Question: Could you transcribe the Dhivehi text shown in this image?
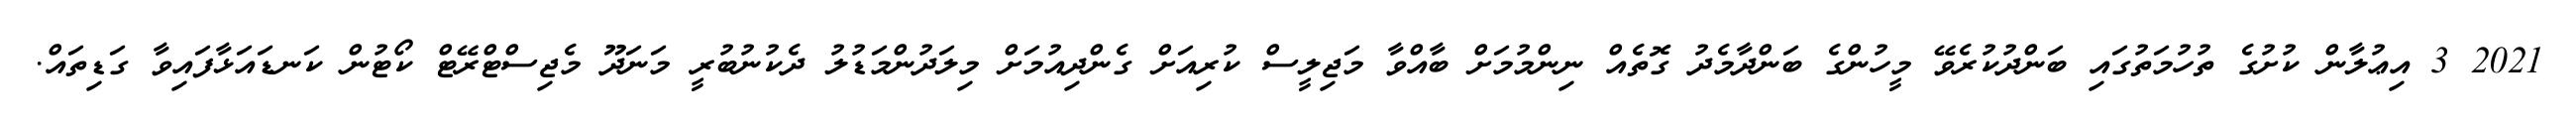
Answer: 2021 3 އިޢުލާން ކުށުގެ ތުހުމަތުގައި ބަންދުކުރެވޭ މީހުންގެ ބަންދާމެދު ގޮތެއް ނިންމުމަށް ބާއްވާ މަޖިލީސް ކުރިއަށް ގެންދިއުމަށް މިލަދުންމަޑުލު ދެކުނުބުރީ މަނަދޫ މެޖިސްޓްރޭޓް ކޯޓުން ކަނޑައަޅާފައިވާ ގަޑިތައް.